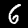
Digit: 6